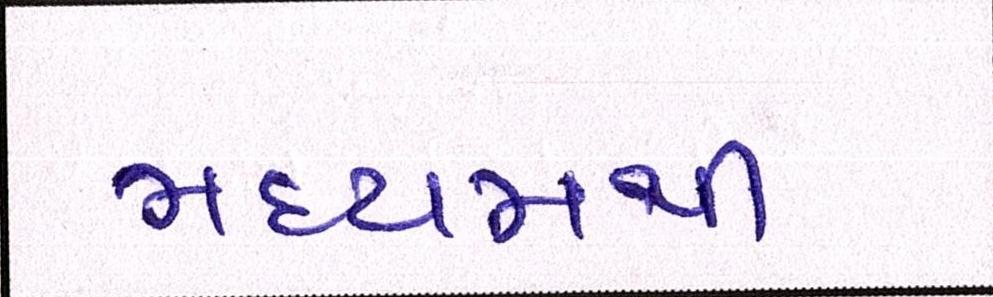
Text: મધ્યમથી